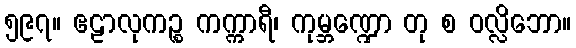
၅၉၇။ ဧဠာလုကဉ္စ ကက္ကာရီ၊ ကုမ္ဘဏ္ဍော တု စ ဝလ္လိဘော။